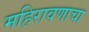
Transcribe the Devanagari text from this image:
महिरावणाचा